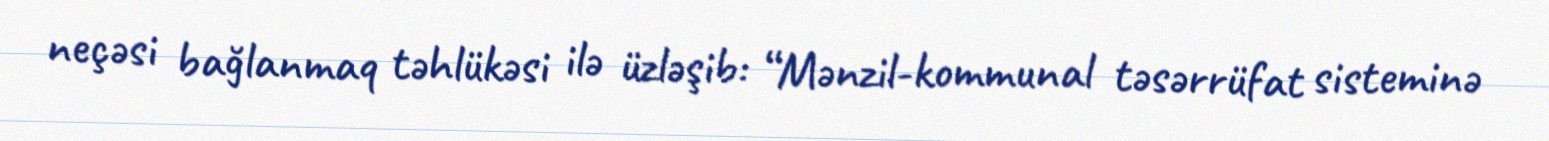
neçəsi bağlanmaq təhlükəsi ilə üzləşib: “Mənzil-kommunal təsərrüfat sisteminə